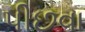
પીછવા